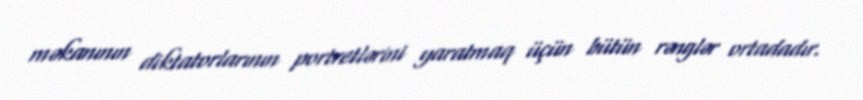
məkanının diktatorlarının portretlərini yaratmaq üçün bütün rənglər ortadadır.